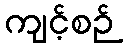
ကျင့်စဉ်